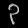
Digit: ၃